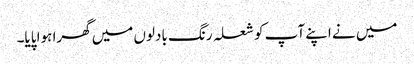
میں نے اپنے آپ کو شعلہ رنگ بادلوں میں گھرا ہوا پایا۔